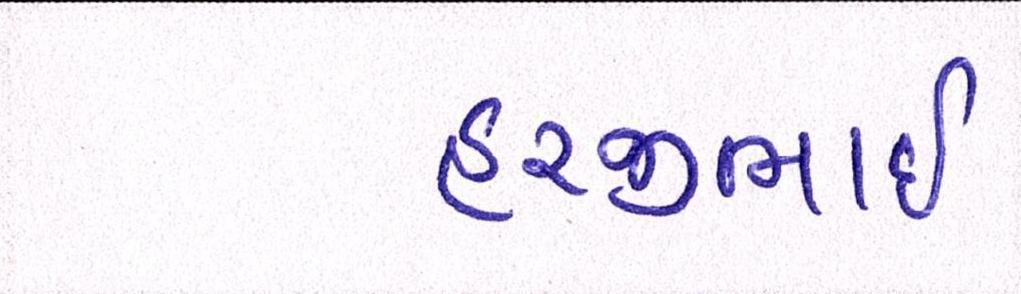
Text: હરજીભાઇ